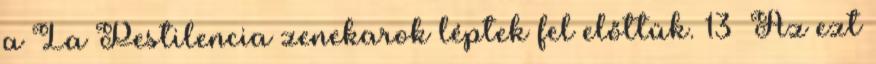
a La Pestilencia zenekarok léptek fel előttük. 13 Az ezt